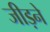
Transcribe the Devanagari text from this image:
जीड़ने